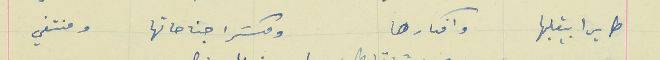
طايرا بقلبها وافكارها                                             ومكسَرا جناحاتها ومنتفي